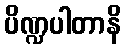
ပိဏ္ဍပါတာနိ